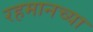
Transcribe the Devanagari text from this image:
रहमानच्या